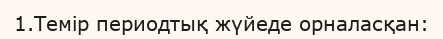
1.Темір периодтық жүйеде орналасқан: